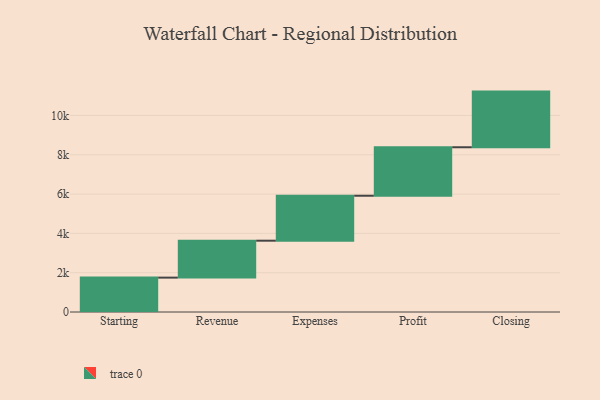
{"axis": {"x": "Step", "y": "Value"}, "legend": [""], "data": [{"x": "Starting", "y": 1749.0, "type": ""}, {"x": "Revenue", "y": 1879.0, "type": ""}, {"x": "Expenses", "y": 2287.0, "type": ""}, {"x": "Profit", "y": 2467.0, "type": ""}, {"x": "Closing", "y": 2831.0, "type": ""}]}